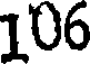
106